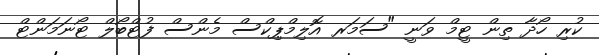
ކުރި ހޯދާ ތިން ޓީމް ވަނީ "ސަމަރ އޮލިމްޕިކްސް މެންސް ފުޓްބޯލް ޓޯނަމަންޓް